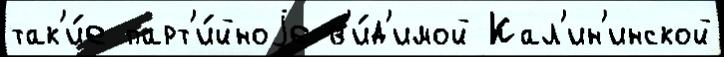
так'и́е парт'и́йноjе в'и́д'имой Кал'ин'инской